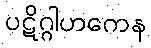
ပဋိဂ္ဂါဟကေန